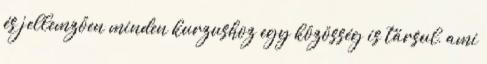
és jellemzően minden kurzushoz egy közösség is társul, ami